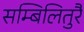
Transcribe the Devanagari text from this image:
सम्बिलितुरै